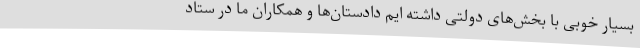
بسیار خوبی با بخش‌های دولتی داشته ایم دادستان‌ها و همکاران ما در ستاد